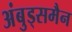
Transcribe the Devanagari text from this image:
अंबुड्समैन